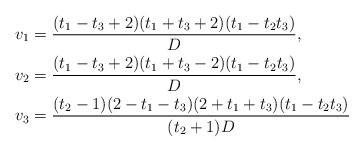
\begin{align*}v_1&=\frac{(t_1 - t_3+2) (t_1 + t_3+2) (t_1 - t_2 t_3)}{D},\\v_2&=\frac{(t_1 - t_3+2) (t_1 + t_3-2) (t_1 - t_2 t_3)}{D},\\v_3&=\frac{(t_2-1) (2 - t_1 - t_3) (2 + t_1 + t_3) (t_1 - t_2 t_3)}{(t_2+1) D}\end{align*}